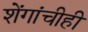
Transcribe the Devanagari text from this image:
शेंगांचीही